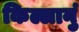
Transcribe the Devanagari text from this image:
किल्लानुं